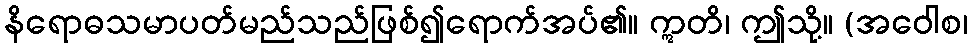
နိရောဓသမာပတ်မည်သည်ဖြစ်၍ရောက်အပ်၏။ ဣတိ၊ ဤသို့။ (အဝေါစ၊